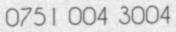
0751 004 3004